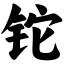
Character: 铊